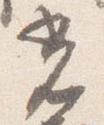
光